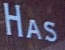
HAS